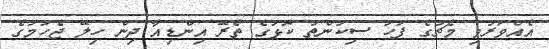
އެއްވަރުވި މެޗުގެ ފަހު ސިކުންތު ކޮޅުގެ ތެރޭ އިންޑިއާ ދިން ހިލޭ ޖެހުމުގެ